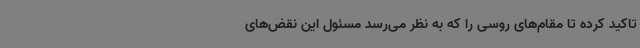
تاکید کرده تا مقام‌های روسی را که به نظر می‌رسد مسئول این نقض‌های